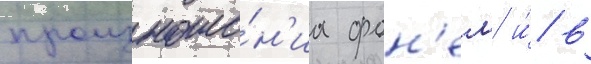
произноше́н'иа фон'ем/ и́/ в